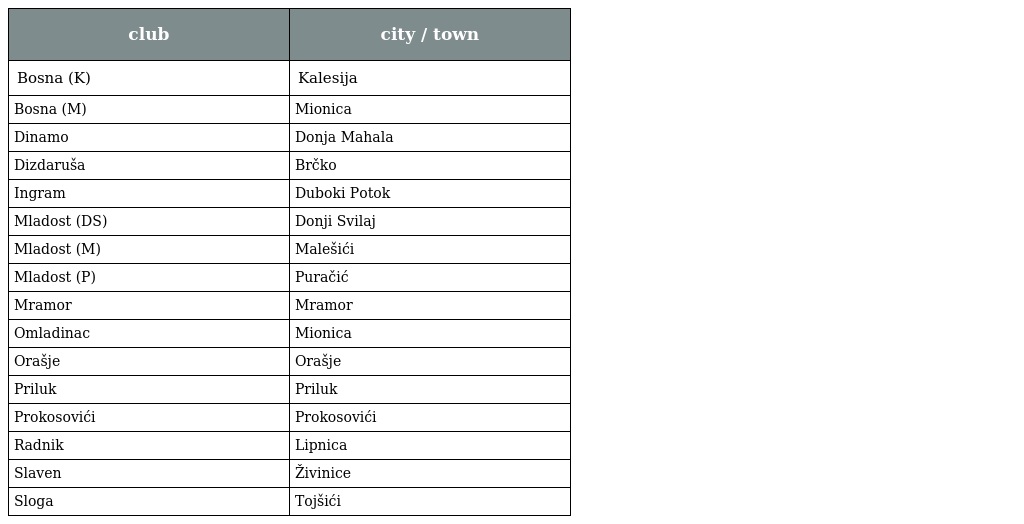
| club | city / town |
 | --- | --- |
 | Bosna (K) | Kalesija |
 | Bosna (M) | Mionica |
 | Dinamo | Donja Mahala |
 | Dizdaruša | Brčko |
 | Ingram | Duboki Potok |
 | Mladost (DS) | Donji Svilaj |
 | Mladost (M) | Malešići |
 | Mladost (P) | Puračić |
 | Mramor | Mramor |
 | Omladinac | Mionica |
 | Orašje | Orašje |
 | Priluk | Priluk |
 | Prokosovići | Prokosovići |
 | Radnik | Lipnica |
 | Slaven | Živinice |
 | Sloga | Tojšići |